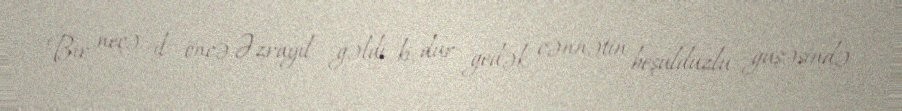
Bir neçə il öncə Əzrayıl gəldi ki, dur gedək, cənnətin beşulduzlu guşəsində